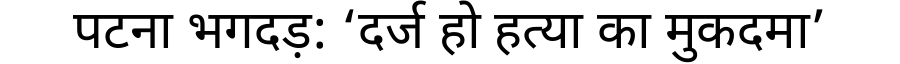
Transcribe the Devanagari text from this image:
पटना भगदड़: ‘दर्ज हो हत्या का मुकदमा’